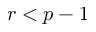
r < p - 1